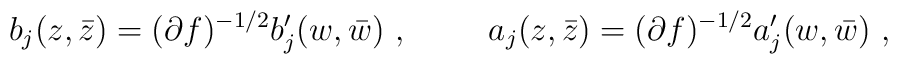
b_j(z,\bar{z})=(\partial f)^{-1/2}b'_j(w,\bar{w})~,\hskip 1cm a_j(z,\bar{z})=(\partial f)^{-1/2}a'_j(w,\bar{w})~,